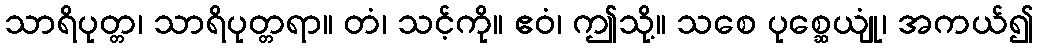
သာရိပုတ္တ၊ သာရိပုတ္တရာ။ တံ၊ သင့်ကို။ ဧဝံ၊ ဤသို့။ သစေ ပုစ္ဆေယျုံ၊ အကယ်၍